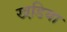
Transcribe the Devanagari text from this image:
खडि़या